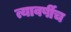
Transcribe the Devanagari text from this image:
त्यावर्षीच